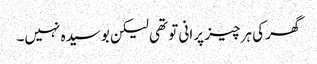
گھر کی ہر چیز پرانی تو تھی لیکن بوسیدہ نہیں۔